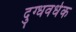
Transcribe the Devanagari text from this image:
दुग्धवर्धक